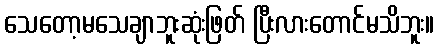
သေတော့မသေချာဘူးဆုံးဖြတ် ပြီးလားတောင်မသိဘူး။